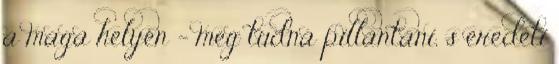
a maga helyén – meg tudná pillantani, s eredeti